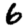
Digit: 6